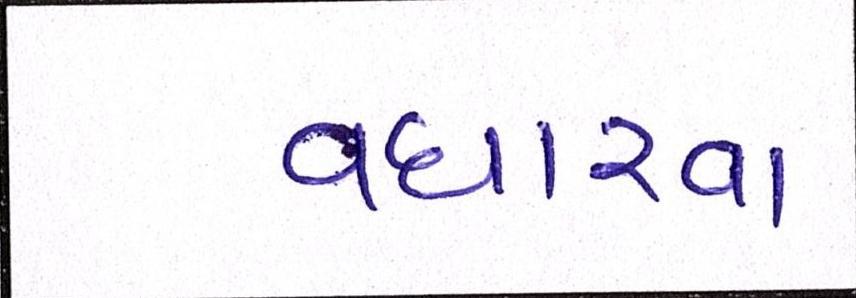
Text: વધારવા